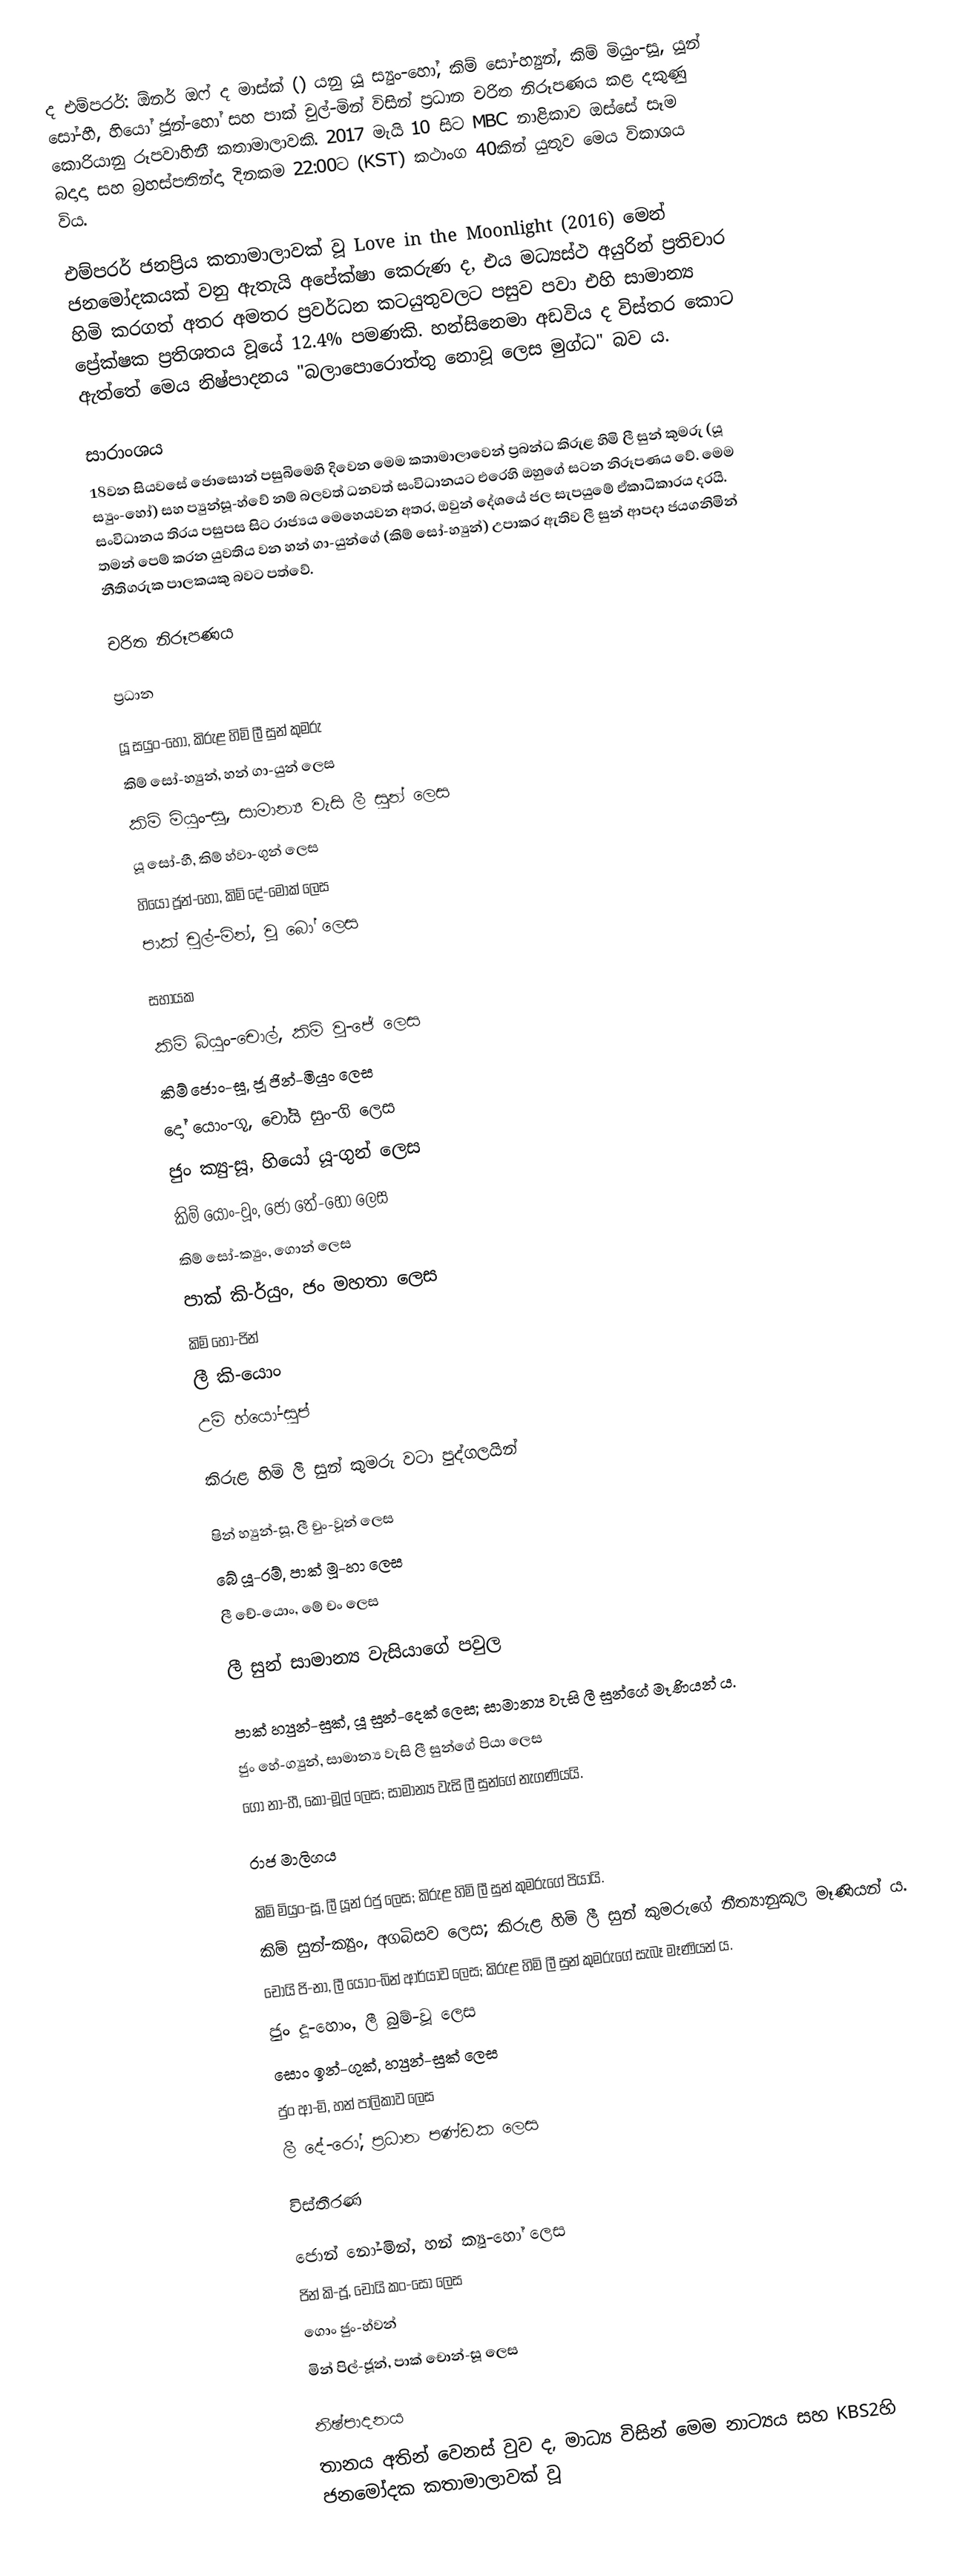
ද එම්පරර්: ඕනර් ඔෆ් ද මාස්ක් () යනු යූ ස්‍යුං-හෝ, කිම් සෝ-හ්‍යුන්, කිම් මියුං-සූ, යූන් සෝ-හී, හියෝ ජූන්-හෝ සහ පාක් චුල්-මින් විසින් ප්‍රධාන චරිත නිරූපණය කළ දකුණු කොරියානු රූපවාහිනී කතාමාලාවකි. 2017 මැයි 10 සිට MBC නාළිකාව ඔස්සේ සෑම බදාදා සහ බ්‍රහස්පතින්දා දිනකම 22:00ට (KST) කථාංග 40කින් යුතුව මෙය විකාශය විය.

එම්පරර් ජනප්‍රිය කතාමාලාවක් වූ Love in the Moonlight (2016) මෙන් ජනමෝදකයක් වනු ඇතැයි අපේක්ෂා කෙරුණ ද, එය මධ්‍යස්ථ අයුරින් ප්‍රතිචාර හිමි කරගත් අතර අමතර ප්‍රවර්ධන කටයුතුවලට පසුව පවා එහි සාමාන්‍ය ප්‍රේක්ෂක ප්‍රතිශතය වූයේ 12.4% පමණකි. හන්සිනෙමා අඩවිය ද විස්තර කොට ඇත්තේ මෙය නිෂ්පාදනය "බලාපොරොත්තු නොවූ ලෙස මුග්ධ" බව ය.

සාරාංශය
18වන සියවසේ ජොසොන් පසුබිමෙහි දිවෙන මෙම කතාමාලාවෙන් ප්‍රබන්ධ කිරුළ හිමි ලී සුන් කුමරු (යූ ස්‍යුං-හෝ) සහ ප්‍යුන්සූ-හ්වේ නම් බලවත් ධනවත් සංවිධානයට එරෙහි ඔහුගේ සටන නිරූපණය වේ. මෙම සංවිධානය තිරය පසුපස සිට රාජ්‍යය මෙහෙයවන අතර, ඔවුන් දේශයේ ජල සැපයුමේ ඒකාධිකාරය දරයි. තමන් පෙම් කරන යුවතිය වන හන් ගා-යුන්ගේ (කිම් සෝ-හ්‍යුන්) උපාකර ඇතිව ලී සුන් ආපදා ජයගනිමින් නීතිගරුක පාලකයකු බවට පත්වේ.

චරිත නිරූපණය

ප්‍රධාන

යූ සයුං-හෝ, කිරුළ හිමි ලී සුන් කුමරු
 කිම් සෝ-හ්‍යුන්, හන් ගා-යුන් ලෙස
 කිම් මියුං-සූ, සාමාන්‍ය වැසි ලී සුන් ලෙස
 යූ සෝ-හී, කිම් හ්වා-ගුන් ලෙස
 හියෝ ජූන්-හෝ, කිම් දේ-මොක් ලෙස
 පාක් චුල්-මින්, වූ බෝ ලෙස

සහායක

කිම් බ්යුං-චොල්, කිම් වූ-ජේ ලෙස
කිම් ජොං-සූ, ජූ ජින්-මියුං ලෙස
දෝ යොං-ගූ, චෝයි සුං-ගි ලෙස
ජුං ක්‍යු-සූ, හියෝ යූ-ගුන් ලෙස
කිම් යොං-වූං, ජෝ තේ-හෝ ලෙස
කිම් සෝ-ක්‍යුං, ගොන් ලෙස
පාක් කි-ර්යුං, ජං මහතා ලෙස
කිම් හෝ-ජින්
ලී කි-යොං
උම් හ්යෝ-සුප්

කිරුළ හිමි ලී සුන් කුමරු වටා පුද්ගලයින්

 ෂින් හ්‍යුන්-සූ, ලී චුං-වූන් ලෙස
 බේ යූ-රම්, පාක් මූ-හා ලෙස
 ලී චේ-යොං, මේ චං ලෙස

ලී සුන් සාමාන්‍ය වැසියාගේ පවුල

 පාක් හ්‍යුන්-සුක්, යූ සුන්-දෙක් ලෙස; සාමාන්‍ය වැසි ලී සුන්ගේ මෑණියන් ය.
 ජුං හේ-ග්‍යුන්, සාමාන්‍ය වැසි ලී සුන්ගේ පියා ලෙස
 ගෝ නා-හී, කෝ-මූල් ලෙස; සාමාන්‍ය වැසි ලී සුන්ගේ නැගණියයි.

රාජ මාලිගය

 කිම් මියුං-සූ, ලී යූන් රජු ලෙස; කිරුළ හිමි ලී සුන් කුමරුගේ පියායි.
 කිම් සුන්-ක්‍යුං, අගබිසව ලෙස; කිරුළ හිමි ලී සුන් කුමරුගේ නීත්‍යානුකූල මෑණියන් ය.
 චෝයි ජි-නා, ලී යොං-බින් ආර්යාව ලෙස; කිරුළ හිමි ලී සුන් කුමරුගේ සැබෑ මෑණියන් ය.
 ජුං දූ-හොං, ලී බුම්-වූ ලෙස
 සොං ඉන්-ගුක්, හ්‍යුන්-සුක් ලෙස
 ජුං ආ-මි, හන් පාලිකාව ලෙස
 ලී දේ-රෝ, ප්‍රධාන පණ්ඩක ලෙස

විස්තීරණ

 ජොන් නෝ-මින්, හන් ක්‍යු-හෝ ලෙස
 ජින් කි-ජූ, චෝයි කං-සෝ ලෙස
 ගොං ජුං-හ්වන්
 මින් පිල්-ජූන්, පාක් චොන්-සූ ලෙස

නිෂ්පාදනය
තානය අතින් වෙනස් වුව ද, මාධ්‍ය විසින් මෙම නාට්‍යය සහ KBS2හි ජනමෝදක කතාමාලාවක් වූ